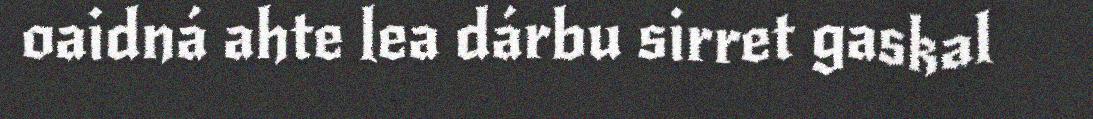
oaidná ahte lea dárbu sirret gaskal